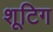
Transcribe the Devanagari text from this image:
शूटिग